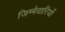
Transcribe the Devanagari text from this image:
जिम्मेवारियाँ